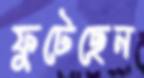
ফুটেছেন